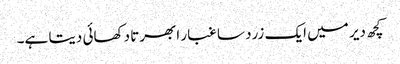
کچھ دیر میں ایک زرد سا غبار ابھرتا دکھائی دیتا ہے۔